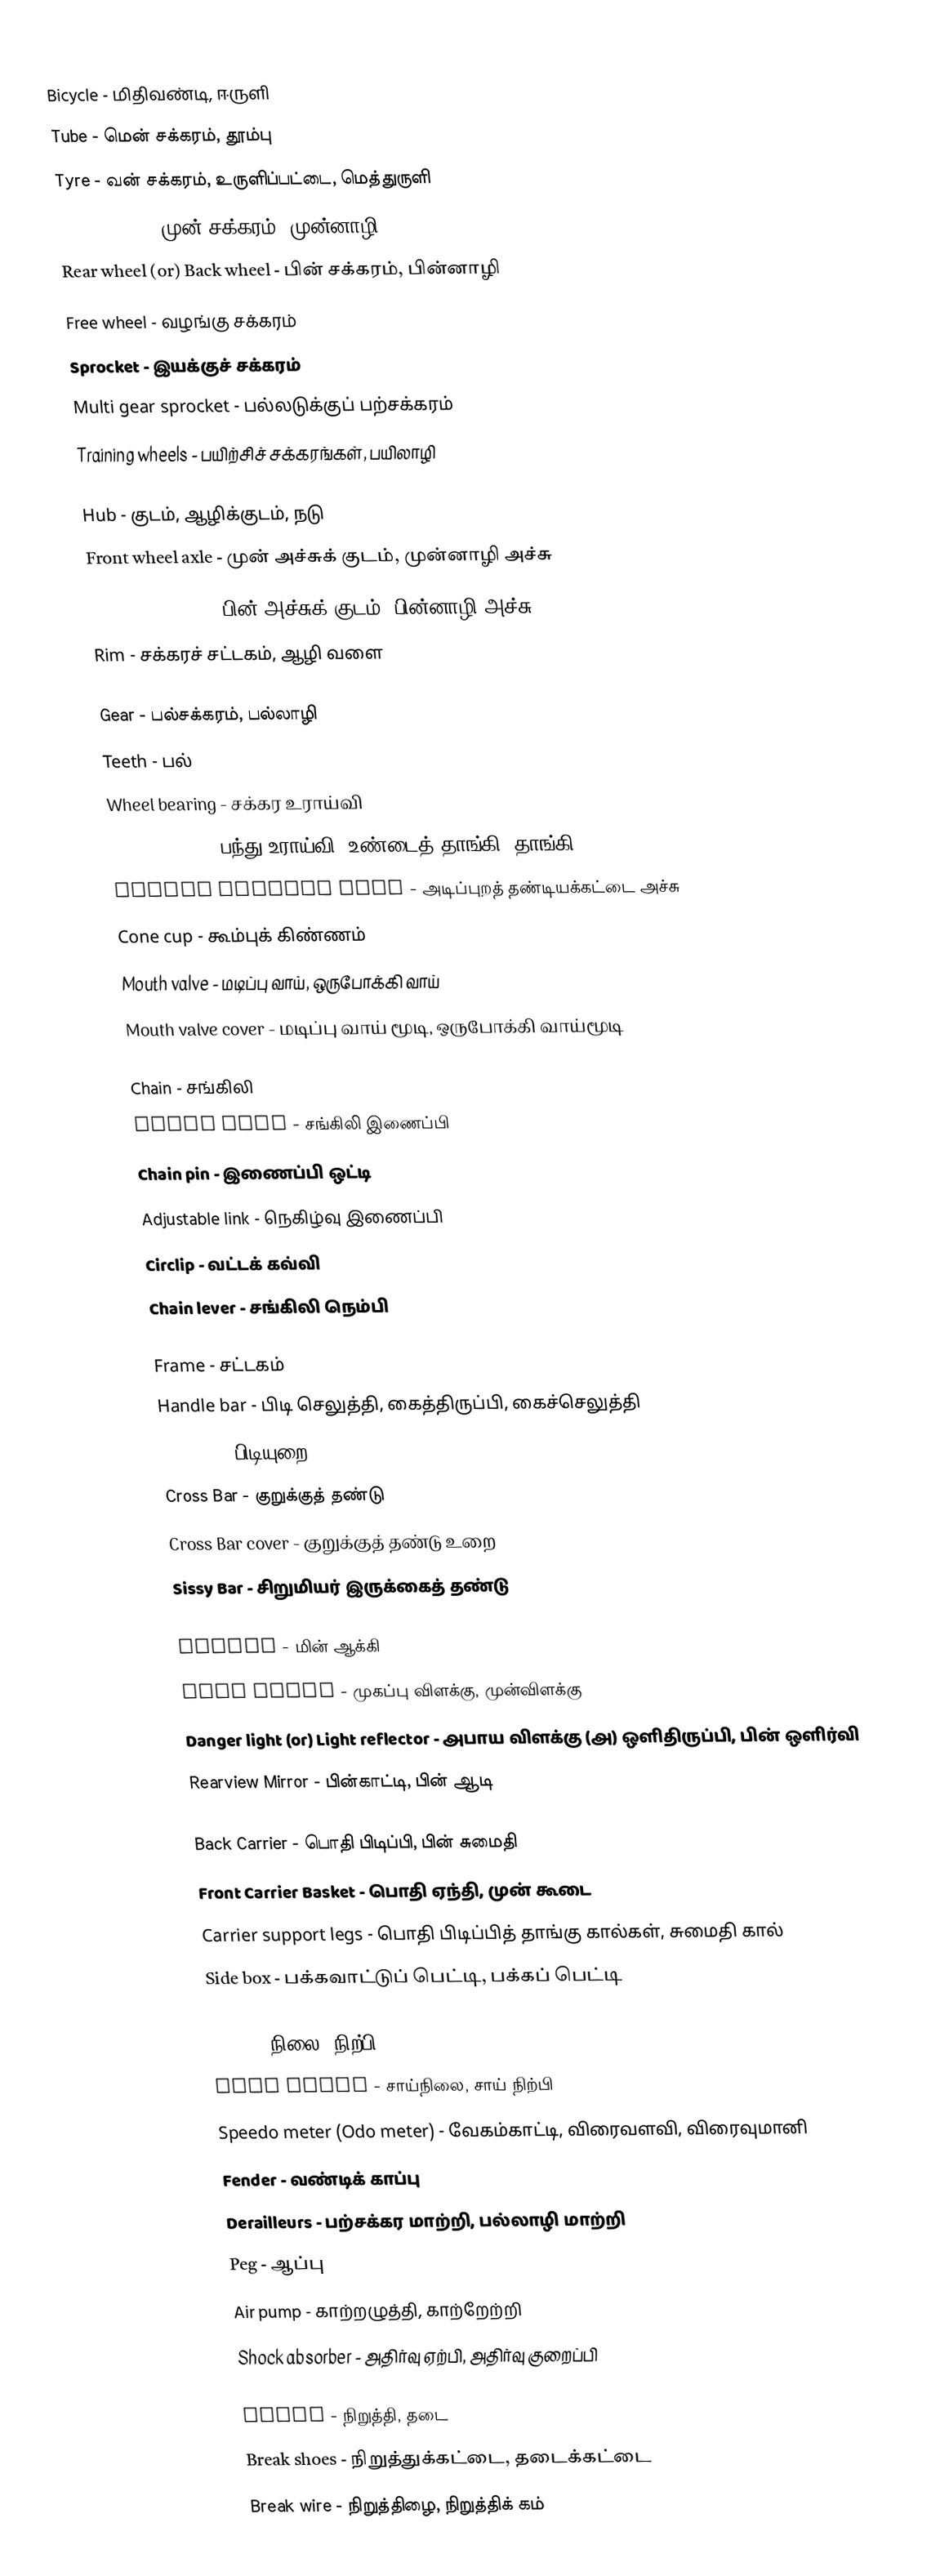
Bicycle - மிதிவண்டி, ஈருளி
 Tube - மென் சக்கரம், தூம்பு
 Tyre - வன் சக்கரம், உருளிப்பட்டை, மெத்துருளி
 Front wheel - முன் சக்கரம், முன்னாழி
 Rear wheel (or) Back wheel - பின் சக்கரம், பின்னாழி
 Free wheel - வழங்கு சக்கரம்
 Sprocket - இயக்குச் சக்கரம்
 Multi gear sprocket - பல்லடுக்குப் பற்சக்கரம்
 Training wheels - பயிற்சிச் சக்கரங்கள், பயிலாழி

 Hub - குடம், ஆழிக்குடம், நடு
 Front wheel axle - முன் அச்சுக் குடம், முன்னாழி அச்சு
 Rear wheel axle - பின் அச்சுக் குடம், பின்னாழி அச்சு
 Rim - சக்கரச் சட்டகம், ஆழி வளை

 Gear - பல்சக்கரம், பல்லாழி
 Teeth - பல்
 Wheel bearing - சக்கர உராய்வி
 Ball bearing - பந்து உராய்வி, உண்டைத் தாங்கி (தாங்கி = bearing)
 Bottom Bracket axle - அடிப்புறத் தண்டியக்கட்டை அச்சு
 Cone cup - கூம்புக் கிண்ணம்
 Mouth valve - மடிப்பு வாய், ஒருபோக்கி வாய்
 Mouth valve cover - மடிப்பு வாய் மூடி, ஒருபோக்கி வாய்மூடி

 Chain - சங்கிலி
 Chain link - சங்கிலி இணைப்பி
 Chain pin - இணைப்பி ஒட்டி
 Adjustable link - நெகிழ்வு இணைப்பி
 Circlip - வட்டக் கவ்வி
 Chain lever - சங்கிலி நெம்பி

 Frame - சட்டகம்
 Handle bar - பிடி செலுத்தி, கைத்திருப்பி, கைச்செலுத்தி
 Gripper - பிடியுறை
 Cross Bar - குறுக்குத் தண்டு
 Cross Bar cover - குறுக்குத் தண்டு உறை
 Sissy Bar - சிறுமியர் இருக்கைத் தண்டு

 Dynamo - மின் ஆக்கி
 Head light - முகப்பு விளக்கு, முன்விளக்கு
 Danger light (or) Light reflector - அபாய விளக்கு (அ) ஒளிதிருப்பி, பின் ஒளிர்வி
 Rearview Mirror - பின்காட்டி, பின் ஆடி

 Back Carrier - பொதி பிடிப்பி, பின் சுமைதி
 Front Carrier Basket - பொதி ஏந்தி, முன் கூடை
 Carrier support legs - பொதி பிடிப்பித் தாங்கு கால்கள், சுமைதி கால்
 Side box - பக்கவாட்டுப் பெட்டி, பக்கப் பெட்டி

 Stand - நிலை, நிற்பி
 Side stand - சாய்நிலை, சாய் நிற்பி
 Speedo meter (Odo meter) - வேகம்காட்டி, விரைவளவி, விரைவுமானி
 Fender - வண்டிக் காப்பு
 Derailleurs - பற்சக்கர மாற்றி, பல்லாழி மாற்றி
 Peg - ஆப்பு
 Air pump - காற்றழுத்தி, காற்றேற்றி
 Shock absorber - அதிர்வு ஏற்பி, அதிர்வு குறைப்பி

 Break - நிறுத்தி, தடை
 Break shoes - நிறுத்துக்கட்டை, தடைக்கட்டை
 Break wire - நிறுத்திழை, நிறுத்திக் கம்